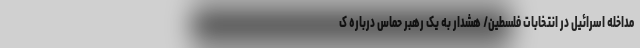
مداخله اسرائیل در انتخابات فلسطین/ هشدار به یک رهبر حماس درباره ک